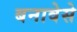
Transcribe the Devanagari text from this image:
बनावेसे